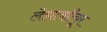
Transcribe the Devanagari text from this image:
लेझावाँत्यूर